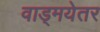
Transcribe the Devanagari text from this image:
वाड्मयेतर